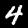
Label: 4